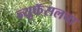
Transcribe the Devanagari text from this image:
न्यूकॅसलचा